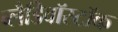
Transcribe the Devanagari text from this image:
ब्लैडिवॉस्टॉक